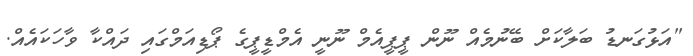
"އަޅުގަނޑު ބަލާކަށް ބޭނުމެއް ނޫން ޕީޕީއެމް ނޫނީ އެމްޑީޕީގެ ޕޯޑިއަމްގައި ދައްކާ ވާހަކައެއް.